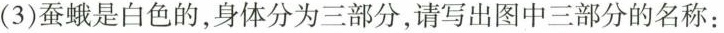
(3)蚕蛾是白色的，身体分为三部分，请写出图中三部分的名称: